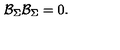
\mathcal { B } _ { \Sigma } \mathcal { B } _ { \Sigma } = 0 .